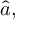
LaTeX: { \hat { a } } ,